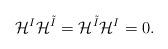
LaTeX: \begin{align*}\mathcal{H}^I\mathcal{H}^{\tilde{I}}=\mathcal{H}^{\tilde{I}}\mathcal{H}^I=0.\end{align*}